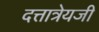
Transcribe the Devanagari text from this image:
दत्तात्रेयजी